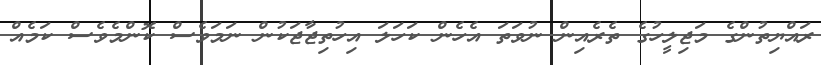
ރައްޔިތުންގެ މަޖިލީހުގެ ތެރެއިން ނުވަތަ އެހެން ކަހަލަ އިހުތިޖާޖަކުން ނަމަވެސް ކޮންމެވެސް ކަމެއް